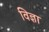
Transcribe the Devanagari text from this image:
विज्ञा